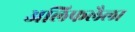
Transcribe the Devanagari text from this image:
अलिफलैला